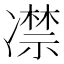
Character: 凚